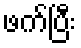
ဖက်ပြီး